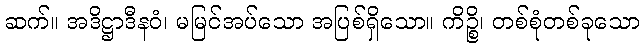
ဆက်။ အဒိဋ္ဌာဒီနဝံ၊ မမြင်အပ်သော အပြစ်ရှိသော။ ကိဉ္စိ၊ တစ်စုံတစ်ခုသော